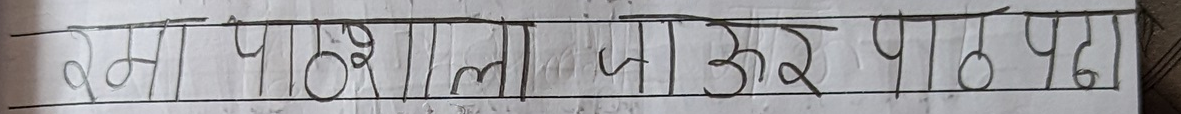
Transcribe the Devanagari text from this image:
रमा पाठशाला जा और पाठ पढ